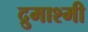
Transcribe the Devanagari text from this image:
द्रुमाश्मी